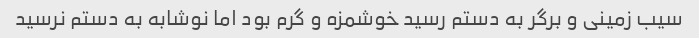
سیب زمینی و برگر به دستم رسید خوشمزه و گرم بود اما نوشابه به دستم نرسید